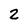
Character: 2